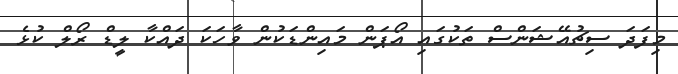
މިފަދަ ސިޗުއޭޝަންސް ތަކުގައި އޯޕަން މައިންޑަކުން ވާހަކަ ދައްކާ ލީޑް ރޯލް ކުޅެ